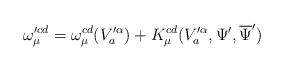
\begin{align*}\omega_{\mu}^{\prime cd}=\omega_{\mu}^{cd}(V^{\prime\alpha}_{a})+K_{\mu}^{cd}(V^{\prime\alpha}_{a},\Psi^{\prime},\overline{\Psi}^{\prime}) \end{align*}